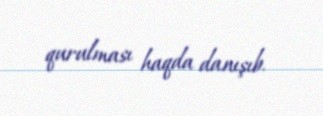
qurulması haqda danışıb.